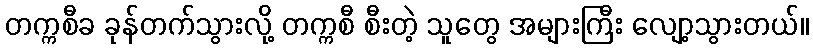
တက္ကစီခ ခုန်တက်သွားလို့ တက္ကစီ စီးတဲ့ သူတွေ အများကြီး လျော့သွားတယ်။